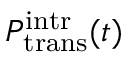
P _ { \mathrm { t r a n s } } ^ { \mathrm { i n t r } } ( t )